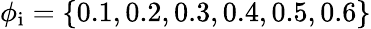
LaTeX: \phi_{\mathrm{i}}=\{ 0.1,0.2,0.3,0.4,0.5,0.6\}